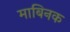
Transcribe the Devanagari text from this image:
माबिनक